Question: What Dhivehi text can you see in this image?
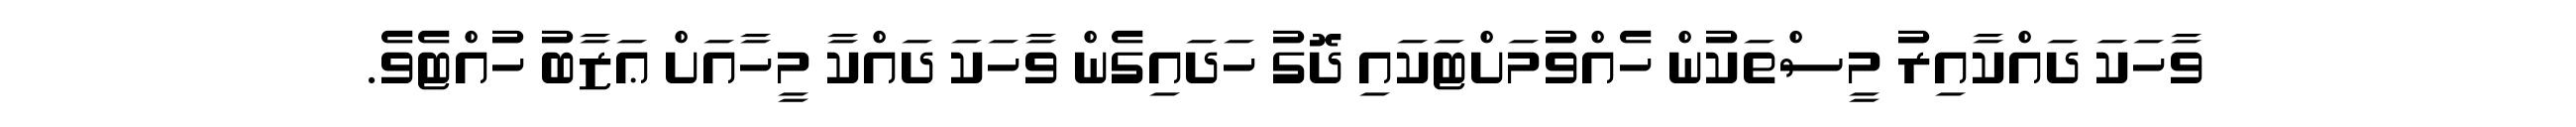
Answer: ވާހަކަ ދައްކާއިރު މީސްތަކުން ހެއްވުމަށްޓަކައި ދޮގު ހަދައިގެން ވާހަކަ ދައްކާ މީހާއަށް ޢަޒާބު ހުއްޓެވެ.